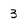
Character: 3